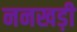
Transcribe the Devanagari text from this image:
ननखड़ी